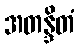
အတန္ဒိတံ